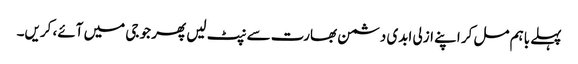
پہلے باہم مل کر اپنے ازلی ابدی دشمن بھارت سے نپٹ لیں پھر جو جی میں آئے، کریں۔